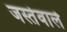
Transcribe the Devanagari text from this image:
जस्तेवाले